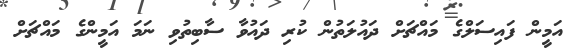
އަމީން ފައިސަލްގެ މައްޗަށް ދައުލަތުން ކުރި ދައުވާ ސާބިތުވި ނަމަ އަމީންގެ މައްޗަށް